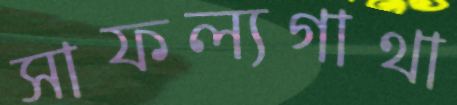
সাফল্যগাথা